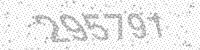
Solution: 295791